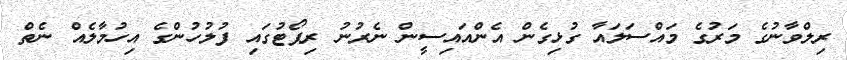
ރިލްވާނުގެ މަރުގެ މައްސަލައާ ގުޅިގެން އެންއައިސީން ނެރުނު ރިޕޯޓުގައި ފުލުހުންގެ އިހުމާލެއް ނެތް